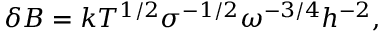
\delta B = k T ^ { 1 / 2 } \sigma ^ { - 1 / 2 } \omega ^ { - 3 / 4 } h ^ { - 2 } ,